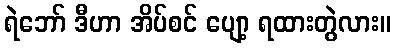
ရဲဘော် ဒီဟာ အိပ်စင် ပျော့ ရထားတွဲလား။